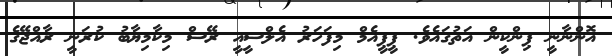
އޮންނާނީ ޕިންކީން އަތުގައެވެ. ޕީޕީއެމް މިފަހަރު އެލްސީއީ ރޭސް މިކާމިޔާބު ކުރަނީ ރާއްޖޭގެ